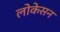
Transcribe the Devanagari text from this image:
लोकेसन